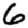
Digit: 6